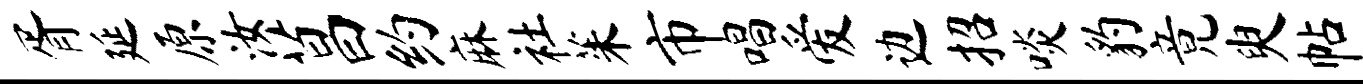
胥延原汝菖约麻社茱市唱爱边招啖豹竟臾帖